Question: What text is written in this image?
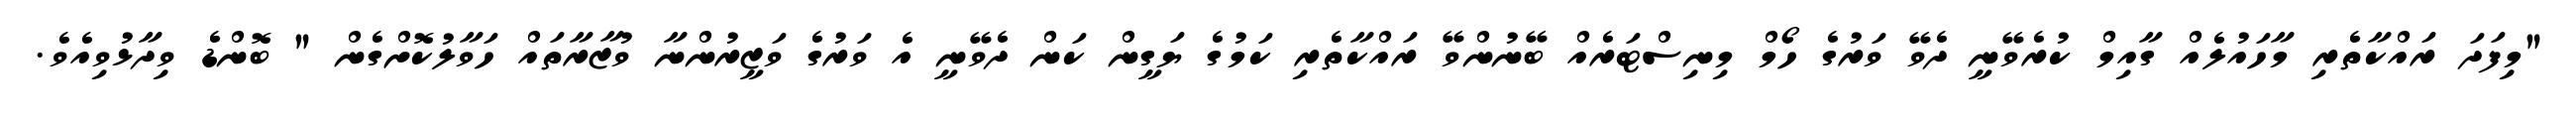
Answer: "މިފަދަ ރައްކާތެރި މާހައުލެއް ގާއިމް ކުރެވޭނީ ދެވޭ ވަރުގެ ހޯމް މިނިސްޓަރެއް ބޭނުންވޭ ރައްކާތެރި ކަމުގެ ޔަގީން ކަން ދެވޭނީ އެ ވަރުގެ ވަޒީރުންނާ ވުޒާރާތައް ހަވާލުކޮށްގެން " ބޮންޑެ ވިދާޅުވިއެވެ.